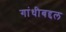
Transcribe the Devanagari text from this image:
गांधीबद्दल